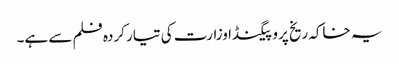
یہ خاکہ ریخ پروپیگنڈا وزارت کی تیار کردہ فلم سے ہے۔